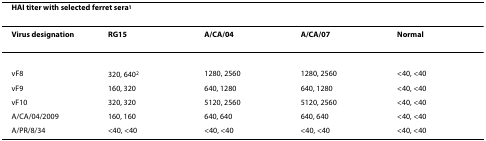
| <COLSPAN=5> HAI titer with selected ferret sera1 |
 | --- | --- | --- | --- | --- |
 | Virus designation | RG15 | A/CA/04 | A/CA/07 | Normal |
 | vF8 | 320, 6402 | 1280, 2560 | 1280, 2560 | <40, <40 |
 | vF9 | 160, 320 | 640, 1280 | 640, 1280 | <40, <40 |
 | vF10 | 320, 320 | 5120, 2560 | 5120, 2560 | <40, <40 |
 | A/CA/04/2009 | 160, 160 | 640, 640 | 640, 640 | <40, <40 |
 | A/PR/8/34 | <40, <40 | <40, <40 | <40, <40 | <40, <40 |